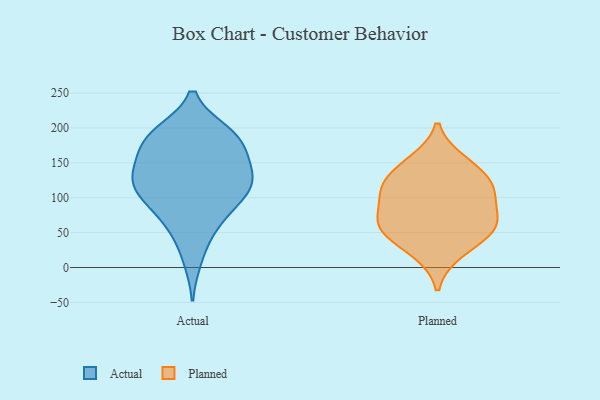
{"axis": {"x": "Backlog", "y": "Value"}, "legend": ["Actual", "Planned"], "data": [{"x": "", "y": 105, "type": "Actual"}, {"x": "", "y": 148, "type": "Actual"}, {"x": "", "y": 180, "type": "Actual"}, {"x": "", "y": 12, "type": "Actual"}, {"x": "", "y": 136, "type": "Actual"}, {"x": "", "y": 56, "type": "Actual"}, {"x": "", "y": 186, "type": "Actual"}, {"x": "", "y": 81, "type": "Actual"}, {"x": "", "y": 193, "type": "Actual"}, {"x": "", "y": 173, "type": "Actual"}, {"x": "", "y": 104, "type": "Actual"}, {"x": "", "y": 193, "type": "Actual"}, {"x": "", "y": 120, "type": "Actual"}, {"x": "", "y": 116, "type": "Actual"}, {"x": "", "y": 121, "type": "Actual"}, {"x": "", "y": 149, "type": "Actual"}, {"x": "", "y": 103, "type": "Actual"}, {"x": "", "y": 60, "type": "Actual"}, {"x": "", "y": 191, "type": "Actual"}, {"x": "", "y": 140, "type": "Actual"}, {"x": "", "y": 71, "type": "Planned"}, {"x": "", "y": 22, "type": "Planned"}, {"x": "", "y": 61, "type": "Planned"}, {"x": "", "y": 152, "type": "Planned"}, {"x": "", "y": 110, "type": "Planned"}, {"x": "", "y": 105, "type": "Planned"}, {"x": "", "y": 114, "type": "Planned"}, {"x": "", "y": 50, "type": "Planned"}, {"x": "", "y": 59, "type": "Planned"}, {"x": "", "y": 138, "type": "Planned"}]}